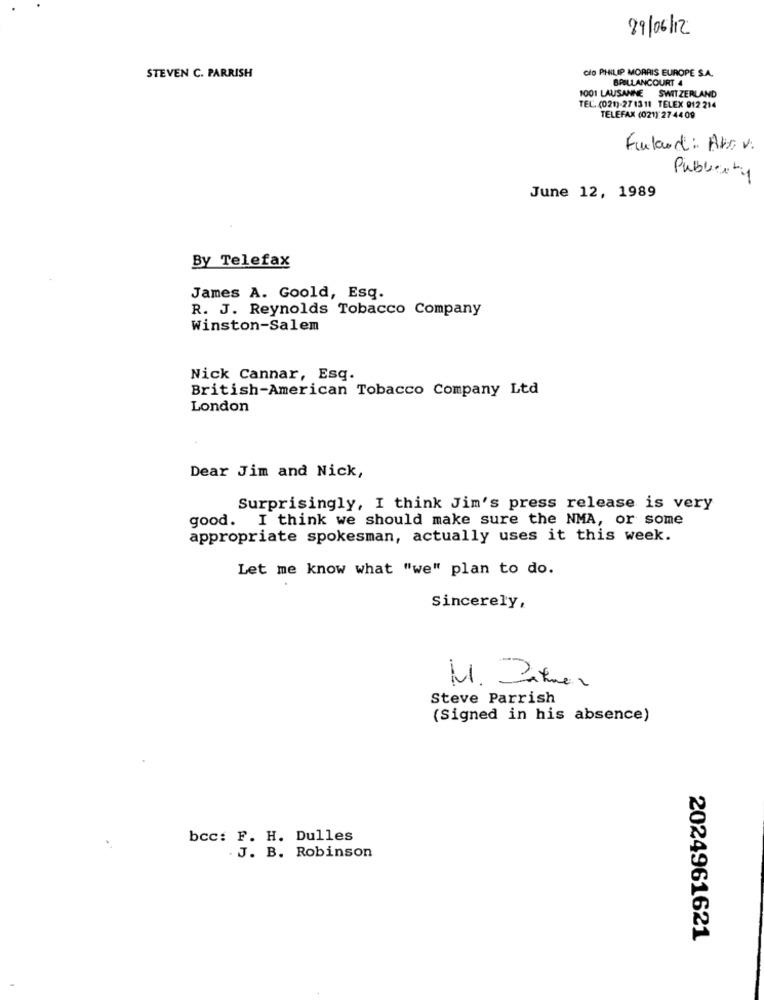
29/06/12
clo PHILIP MORRIS EUROPE S.A.
STEVEN C. PARRISH
BRILLANCOURT 4
1001 LAUSANNE SWITZERLAND
TEL. (021)-271311 TELEX 912 214
TELEFAX (021) 27 44 09
Finland: Abs v.
Publicity
June 12, 1989
By Telefax
James A. Goold, Esq.
R. J. Reynolds Tobacco Company
Winston-Salem
Nick Cannar, Esq.
British-American Tobacco Company Ltd
London
Dear Jim and Nick,
Surprisingly, I think Jim's press release is very
good. I think we should make sure the NMA, or some
appropriate spokesman, actually uses it this week.
Let me know what "we" plan to do.
Sincerely,
Steve Parrish
(Signed in his absence)
bcc: F. H. Dulles
. J. B. Robinson
2024961621